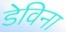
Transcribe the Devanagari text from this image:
डेविना